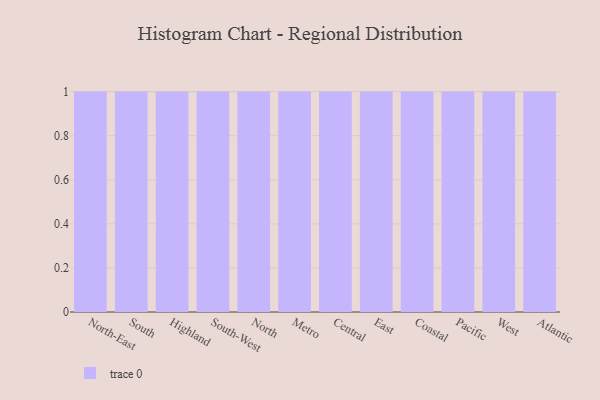
{"axis": {"x": "Region", "y": "Gross Profit (USD K)"}, "legend": [""], "data": [{"x": "North-East", "y": 97, "type": ""}, {"x": "South", "y": 45, "type": ""}, {"x": "Highland", "y": 87, "type": ""}, {"x": "South-West", "y": 52, "type": ""}, {"x": "North", "y": 15, "type": ""}, {"x": "Metro", "y": 48, "type": ""}, {"x": "Central", "y": 74, "type": ""}, {"x": "East", "y": 6, "type": ""}, {"x": "Coastal", "y": 12, "type": ""}, {"x": "Pacific", "y": 47, "type": ""}, {"x": "West", "y": 6, "type": ""}, {"x": "Atlantic", "y": 94, "type": ""}]}